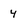
Character: 4